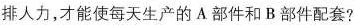
排人力，才能使每天生产的A部件和B部件配套?